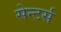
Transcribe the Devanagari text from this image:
सेन्टर्स